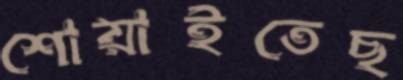
শোয়াইতেছ